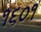
૧૬૦૧